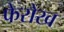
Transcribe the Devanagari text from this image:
फेरोख